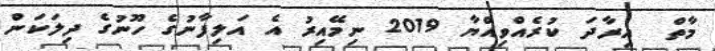
މާތް  އިރާދަ ކުރެއްވިއްޔާ 2019 ނިމޭއިރު އެ އަލިފާނުގެ ހޫނުގެ ދިލަކަން